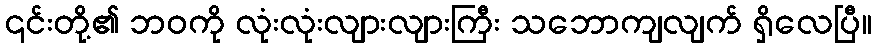
၎င်းတို့၏ ဘဝကို လုံးလုံးလျားလျားကြီး သဘောကျလျက် ရှိလေပြီ။